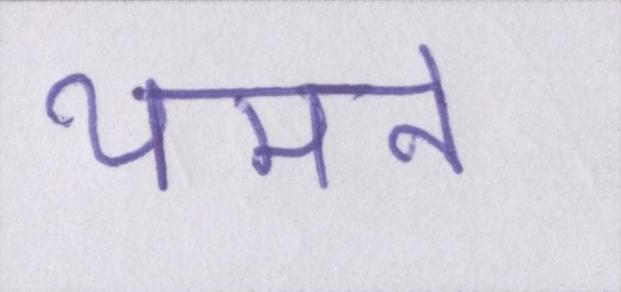
थमने